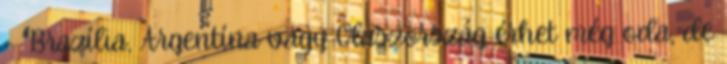
- "Brazília, Argentína vagy Olaszország érhet még oda, de